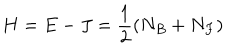
H = E - J = \frac { 1 } { 2 } \left( N _ { B } + N _ { F } \right)